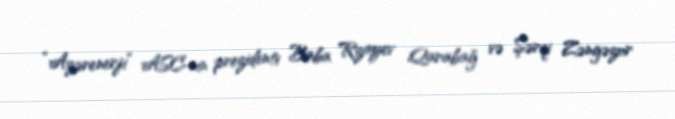
“Azərenerji” ASC-nin prezidenti Baba Rzayev Qarabağ və Şərqi Zəngəzur